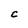
Character: C